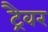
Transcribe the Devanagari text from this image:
ट्रैवर